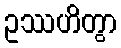
ဥဿဟိတွာ